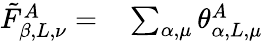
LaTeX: \begin{array}{rl}{\tilde{F}_{\beta,L,\nu}^{A}=}&{{}\sum_{\alpha,\mu}\theta_{\alpha,L,\mu}^{A}}\end{array}